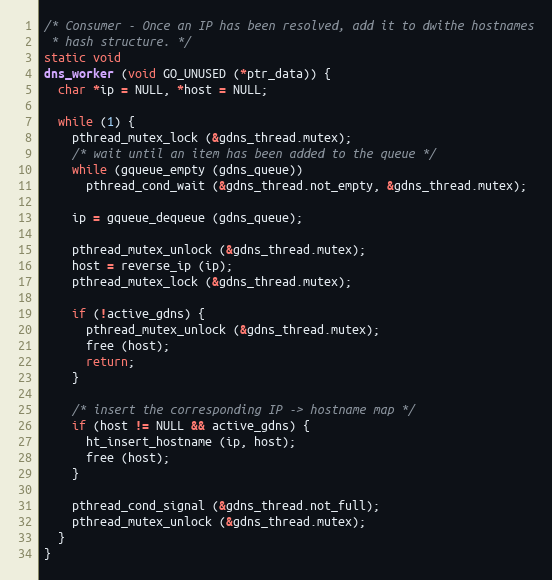
Language: C
/* Consumer - Once an IP has been resolved, add it to dwithe hostnames
 * hash structure. */
static void
dns_worker (void GO_UNUSED (*ptr_data)) {
  char *ip = NULL, *host = NULL;

  while (1) {
    pthread_mutex_lock (&gdns_thread.mutex);
    /* wait until an item has been added to the queue */
    while (gqueue_empty (gdns_queue))
      pthread_cond_wait (&gdns_thread.not_empty, &gdns_thread.mutex);

    ip = gqueue_dequeue (gdns_queue);

    pthread_mutex_unlock (&gdns_thread.mutex);
    host = reverse_ip (ip);
    pthread_mutex_lock (&gdns_thread.mutex);

    if (!active_gdns) {
      pthread_mutex_unlock (&gdns_thread.mutex);
      free (host);
      return;
    }

    /* insert the corresponding IP -> hostname map */
    if (host != NULL && active_gdns) {
      ht_insert_hostname (ip, host);
      free (host);
    }

    pthread_cond_signal (&gdns_thread.not_full);
    pthread_mutex_unlock (&gdns_thread.mutex);
  }
}